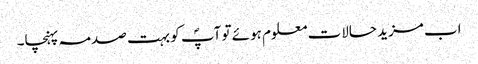
اب مزید حالات معلوم ہوئے تو آپؐ کو بہت صدمہ پہنچا۔